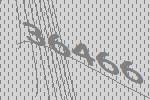
36466